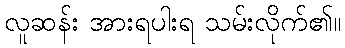
လူဆန်း အားရပါးရ သမ်းလိုက်၏။